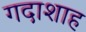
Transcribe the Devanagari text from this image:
गदाशाह